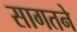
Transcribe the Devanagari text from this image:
सागतने